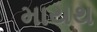
માયથ